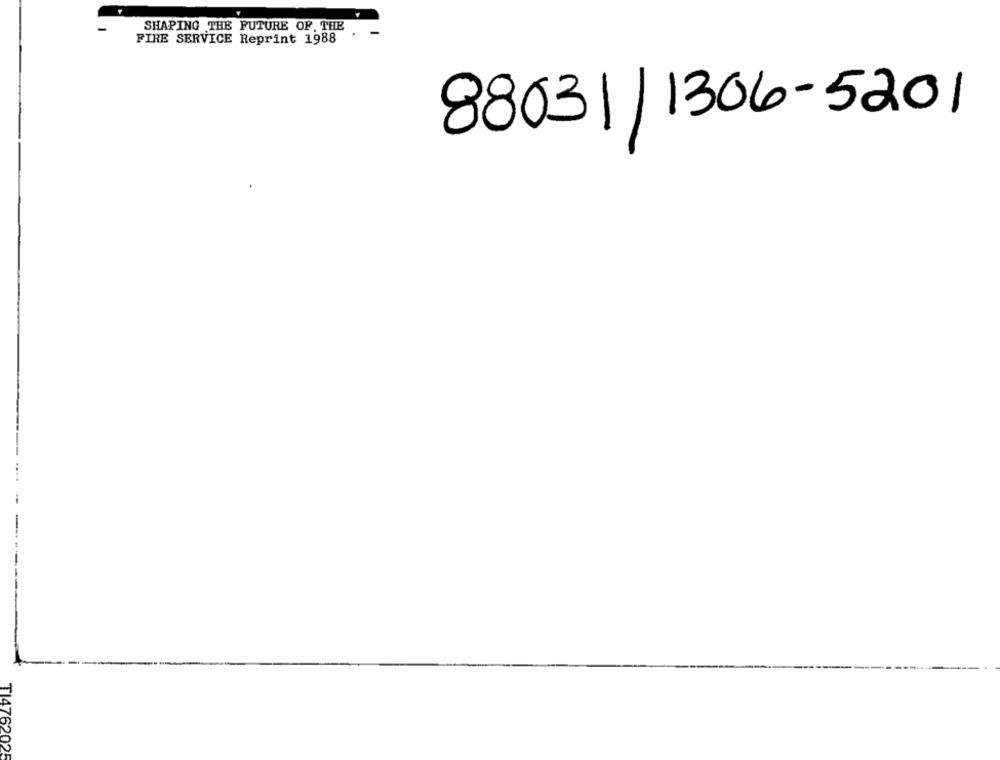
SHAPING THE FUTURE OF, THE
FIRE SERVICE Reprint 1988
88031/1306-5201
TI4762025